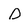
Character: D